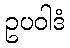
ဥပဝါဒံ